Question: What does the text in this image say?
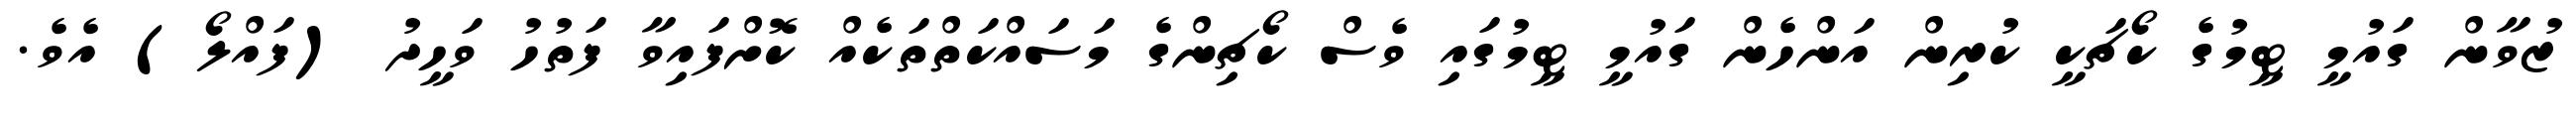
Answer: ޒުވާން ގައުމީ ޓީމުގެ ކޯޗަކީ ކުރިން އަންހެން ގައުމީ ޓީމުގައި ވެސް ކޯޗިންގެ މަސައްކަތްތަކެއް ކޮށްފައިވާ ފަތުހު ވަހީދު (ފައްލޯ) އެވެ.